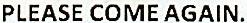
PLEASE COME AGAIN.